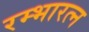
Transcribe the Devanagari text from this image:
रम्भारत्न